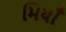
મિયાઁ